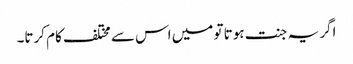
اگر یہ جنت ہوتا تو میں اس سے مختلف کام کرتا۔